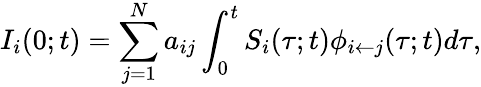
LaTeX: I_{i}(0;t)=\sum_{j=1}^{N}a_{ij}\int_{0}^{t}S_{i}(\tau;t)\phi_{i\leftarrow j}(\tau;t)d\tau,